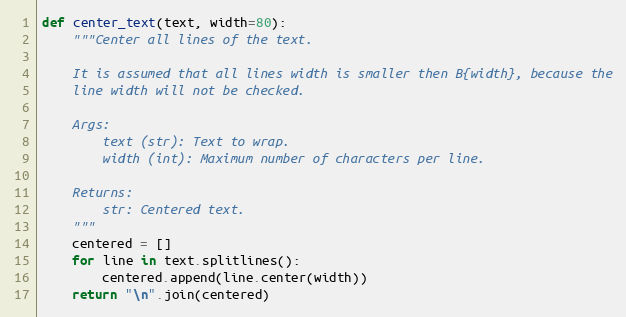
Language: Python
def center_text(text, width=80):
    """Center all lines of the text.

    It is assumed that all lines width is smaller then B{width}, because the
    line width will not be checked.

    Args:
        text (str): Text to wrap.
        width (int): Maximum number of characters per line.

    Returns:
        str: Centered text.
    """
    centered = []
    for line in text.splitlines():
        centered.append(line.center(width))
    return "\n".join(centered)